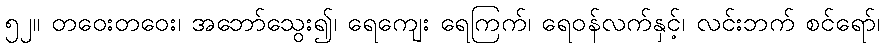
၅၂။ တဝေးတဝေး၊ အဘော်သွေး၍၊ ရေကျေး ရေကြက်၊ ရေဝန်လက်နှင့်၊ လင်းဘက် စင်ရော်၊